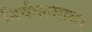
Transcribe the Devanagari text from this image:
निर्वतल्यावर